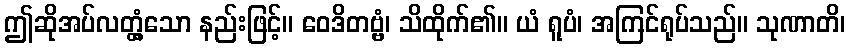
ဤဆိုအပ်လတ္တံ့သော နည်းဖြင့်။ ဝေဒိတဗ္ဗံ၊ သိထိုက်၏။ ယံ ရူပံ၊ အကြင်ရုပ်သည်။ သုဏာတိ၊